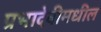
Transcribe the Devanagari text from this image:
प्रभादेवीमधील